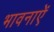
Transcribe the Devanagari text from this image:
भावनाऐं